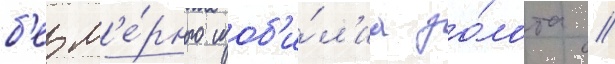
б'езм'е́рного изоб'и́л'иа зо́лота //